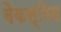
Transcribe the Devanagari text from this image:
बैकस्मिथ